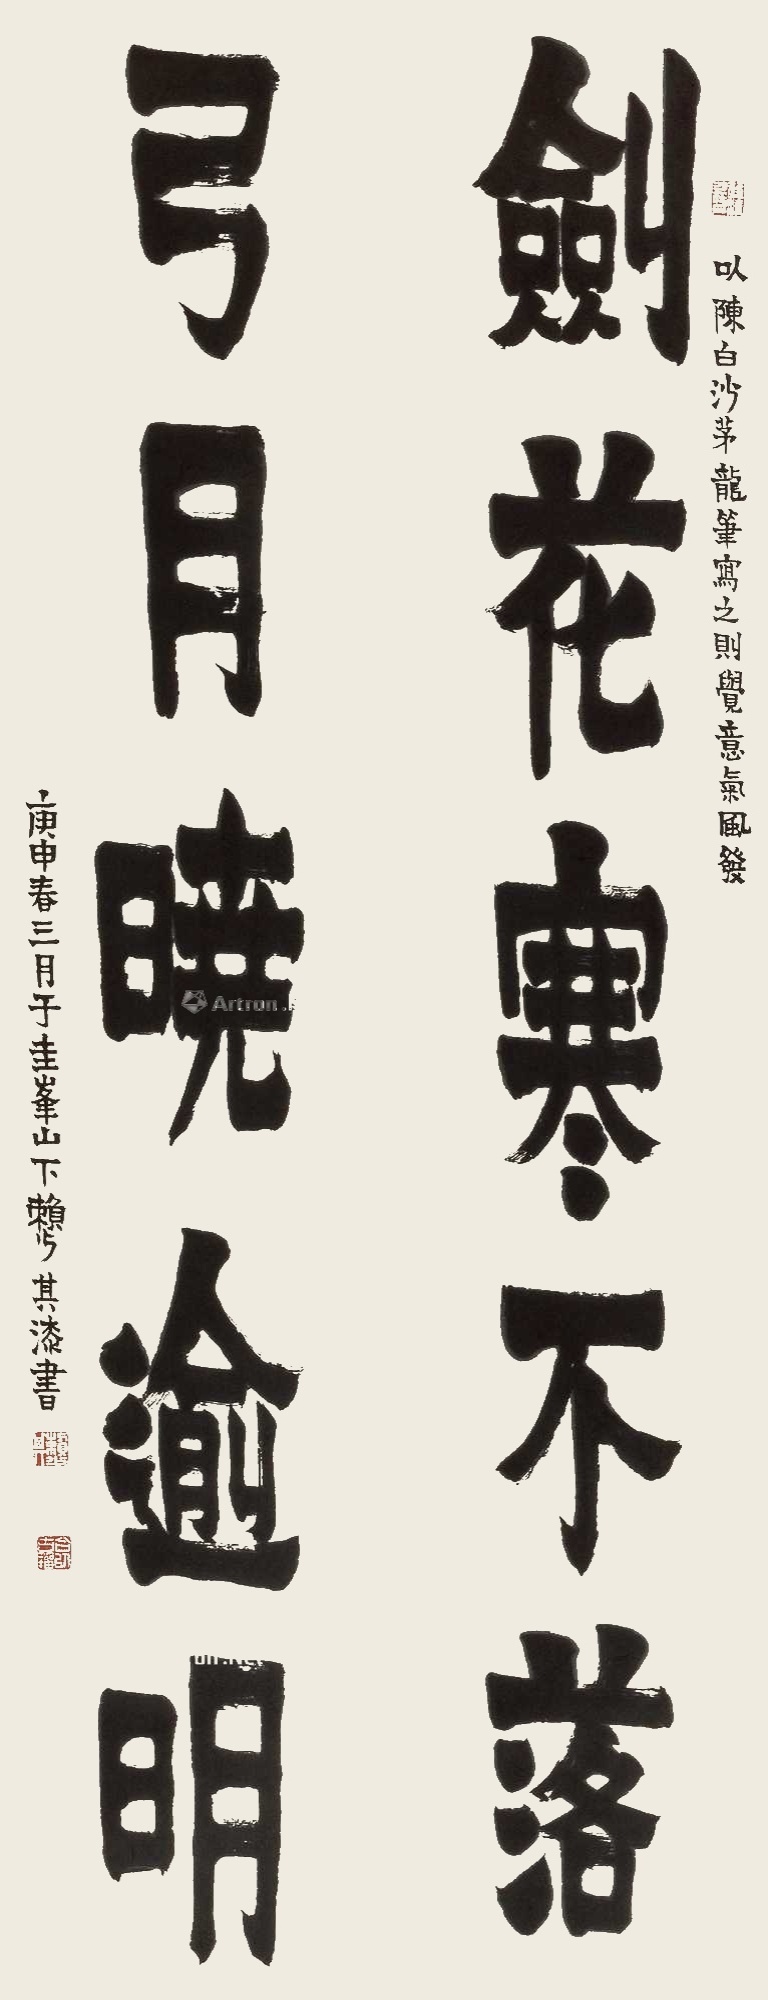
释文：剑花寒不落，弓月晓逾明。以陈白沙茅龙笔，写之则觉意气风发。庚申春三月于圭峰山下赖少其漆书。